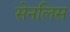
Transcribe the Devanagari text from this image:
सेनलिस